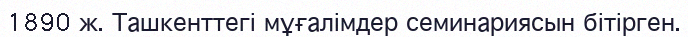
1890 ж. Ташкенттегі мұғалімдер семинариясын бітірген.